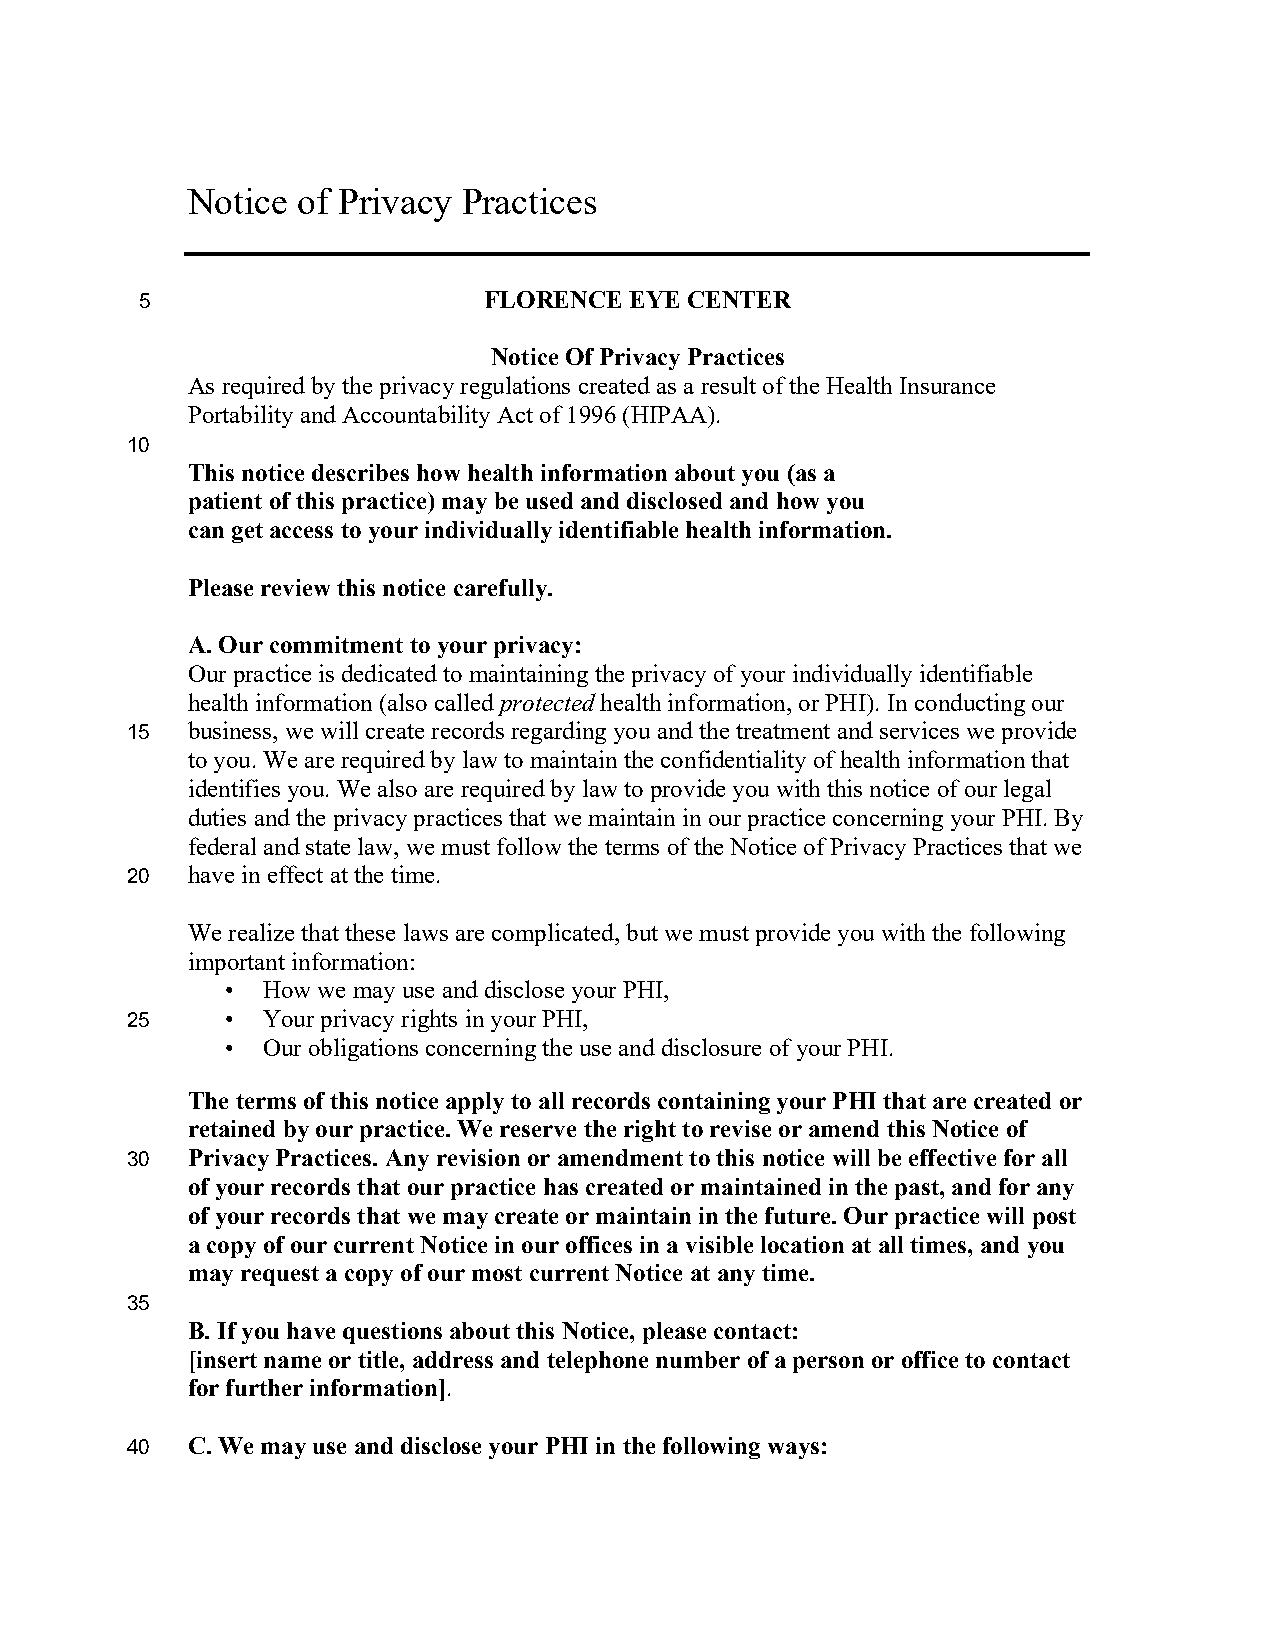
Notice  of Privacy Practices
 5                      FLORENCE  EYE CENTER
 Notice Of Privacy Practices
 As required by the privacy regulations created as a result of the Health Insurance
 Portability and Accountability Act of 1996 (HIPAA).
 10
 This notice describes how health information about you (as a
 patient of this practice) may be used and disclosed and how you
 can get access to your individually identifiable health information.
 Please review this notice carefully.
 A. Our commitment to your privacy:
 Our practice is dedicated to maintaining the privacy of your individually identifiable
 health information (also called protected health information, or PHI). In conducting our
 15  business, we will create records regarding you and the treatment and services we provide
 to you. We are required by law to maintain the confidentiality of health information that
 identifies you. We also are required by law to provide you with this notice of our legal
 duties and the privacy practices that we maintain in our practice concerning your PHI. By
 federal and state law, we must follow the terms of the Notice of Privacy Practices that we
 20  have in effect at the time.
 We realize that these laws are complicated, but we must provide you with the following
 important information:
 • How we may use and disclose your PHI,
 25     • Your privacy rights in your PHI,
 • Our obligations concerning the use and disclosure of your PHI.
 The terms of this notice apply to all records containing your PHI that are created or
 retained by our practice. We reserve the right to revise or amend this Notice of
 30  Privacy Practices. Any revision or amendment to this notice will be effective for all
 of your records that our practice has created or maintained in the past, and for any
 of your records that we may create or maintain in the future. Our practice will post
 a copy of our current Notice in our offices in a visible location at all times, and you
 may request a copy of our most current Notice at any time.
 35
 B. If you have questions about this Notice, please contact:
 [insert name or title, address and telephone number of a person or office to contact
 for further information].
 40  C. We may use and disclose your PHI in the following ways: